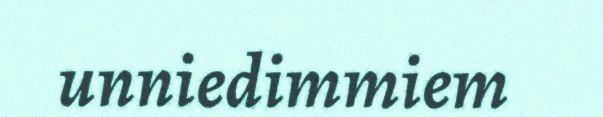
unniedimmiem